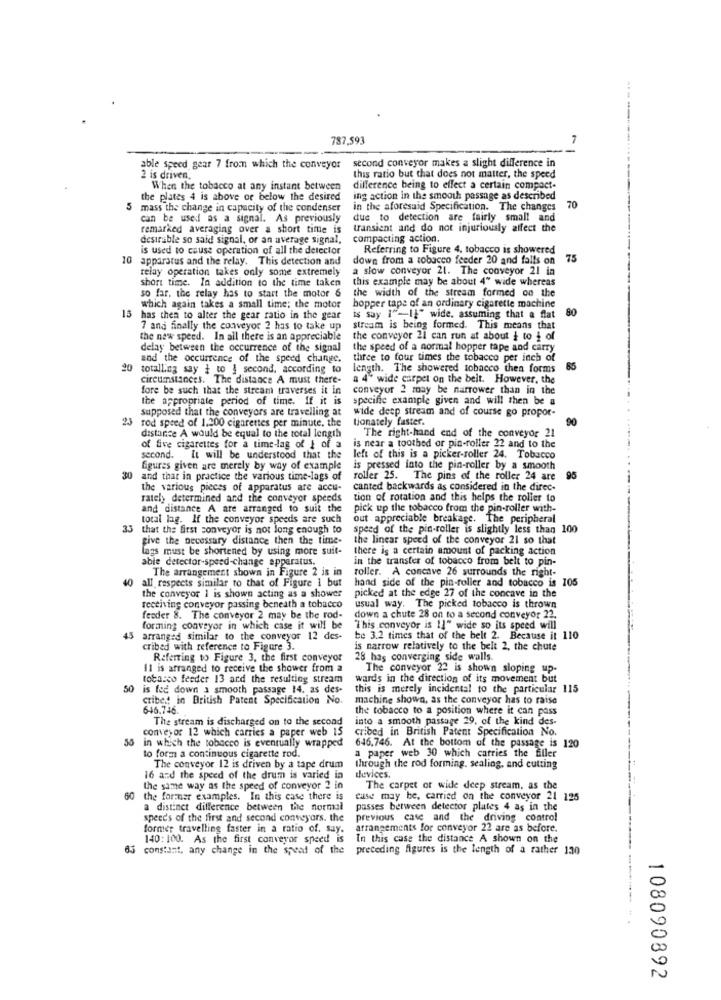
...
787.593
second conveyor makes a slight difference in
able speed gear 7 from which the conveyor
2 is driven.
this ratio but that does not matter, the speed
When the tobacco at any instant between
difference being to effect a certain compact-
the plates 4 is above or below the desired
ing action in the smooth passage as described
5
mass the change in capacity of the condenser
in the aforesaid Specification. The changes 70
can be used as a signal. As previously
due to detection are fairly small and
remarked averaging over a short time is
transient and do not injuriously affect the
desirable so said signal, or an average signal,
compacting action.
is used to cause operation of all the detector
Referring to Figure 4. tobacco is showered
10
apparatus and the relay. This detection and
down from a tobacco feeder 20 and falls on
75
relay operation takes only some extremely
a slow conveyor 21. The conveyor 21 in
short time. In addition to the time taken
this example may be about 4" wide whereas
so far, the relay has to start the motor 6
the width of the stream formed on the
which again takes a small time; the motor
hopper tape of an ordinary cigarette machine
80
15 has then to alter the gear ratio in the gear
is say 1"-14" wide, assuming that a flat
7 and finally the conveyor 2 has to take up
stream is being formed. This means that
the new speed. In all there is an appreciable
the conveyor 21 can run at about & to & of
delay between the occurrence of the signal
the speed of a normal hopper tape and carry
and the occurrence of the speed change.
three to four times the tobacco per inch of
20 totalling say + to } second. according to
length. The showered tobacco then forms
85
Circumstances. The distance A must there-
a 4' wide carpet on the belt. However, the
fore be such that the stream traverses it in
conveyor 2 may be narrower than in the
the appropriate period of time. If it is
specific example given and will then be a
Supposed that the conveyors are travelling at
wide deep stream and of course go propor-
tionately faster.
90
23 rod speed of 1.200 cigarettes per minute, the
The right-hand end of the conveyor 21
distance A would be equal to the total length
of five cigarettes for a time-lag of & of a
is near a toothed or pin-roller 22 and to the
second. It will be understood that the
left of this is a picker-roller 24. Tobacco
figures given are merely by way of example
is pressed into the pin-roller by a smooth
30 and that in practice the various time-lags of
roller 25. The pins of the roller 24 are 95
the various pieces of apparatus are accu-
canted backwards as considered in the direc-
ratel> determined and the conveyor speeds
tion of rotation and this helps the roller to
and distance A are arranged to suit the
pick up the tobacco from the pin-roller with-
total lag. If the conveyor speeds are such
out appreciable breakage. The peripheral
33 that the first conveyor is not long enough to
speed of the pin-roller is slightly less than 100
give the necessary distance then the time-
the linear speed of the conveyor 21 so that
lags must be shortened by using more suit-
there is a certain amount of packing action
able detector-speed-change apparatus.
in the transfer of tobacco from belt to pin-
The arrangement shown in Figure 2 is in
40 all respects similar to that of Figure 1 but
hand side of the pin-roller and tobacco is 105
roller. A concave 26 surrounds the right-
the conveyor 1 is shown acting as a shower
picked at the edge 27 of the concave in the
receiving conveyor passing beneath a tobacco
usual way. The picked tobacco is thrown
feeder 8. The conveyor 2 may be the rod-
down a chute 28 on to a second conveyor 22.
45
forming conveyor in which case it will be
"This conveyor is 11" wide so its speed will
arranged similar to the conveyor 12 des-
be 3.2 times that of the belt 2. Because it 110
cribed with reference to Figure 3.
is narrow relatively to the belt 2, the chute
Referring to Figure 3. the first conveyor
28 has converging side walls.
11 is arranged to receive the shower from a
The conveyor 22 is shown sloping up-
tobacco feeder 13 and the resulting stream
wards in the direction of its movement but
50 is fec down a smooth passage 14. as des-
this is merely incidental to the particular 115
cribed in British Patent Specification No.
machine shown, as the conveyor has to raise
646,746.
the tobacco to a position where it can pass
The stream is discharged on to the second
into a smooth passage 29, of the kind des-
convey or 12 which carries a paper web 15
cribed in British Patent Specification No.
in which the tobacco is eventually wrapped
646,746. At the bottom of the passage is 120
to form a continuous cigarette rod.
a paper web 30 which carries the filler
The conveyor 12 is driven by a tape drum
through the rod forming. sealing, and cutting
16 and the speed of the drum is varied in
devices.
the same way as the speed of conveyor 2 in
The carpet or wide deep stream, as the
the former examples. In this case there is
case may be, carried on the conveyor 21 125
a distinct difference between the normal
passes between detector plates 4 as in the
speeds of the first and second conveyors. the
previous case and the driving control
former travelling faster in a ratio of. say. arrangements for conveyor 22 are as before.
140:100. As the first conveyor speed is
In this case the distance A shown on the
83 constant. any change in the speed of the preceding figures is the length of a rather 130
108090892